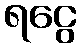
ရငွေ